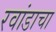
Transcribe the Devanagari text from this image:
रवांडाचा